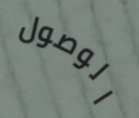
الوصول